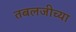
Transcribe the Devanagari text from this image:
तबलजीच्या